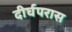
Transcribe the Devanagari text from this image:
दीर्घपरास